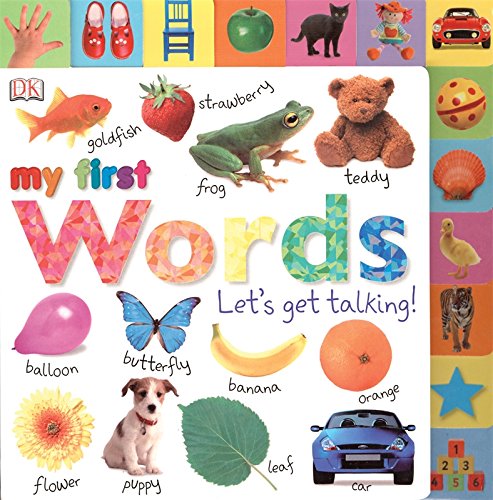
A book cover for Tabbed Board Books: My First Words: Let's Get Talking! (Tab Board Books); DK Publishing; Children's Books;